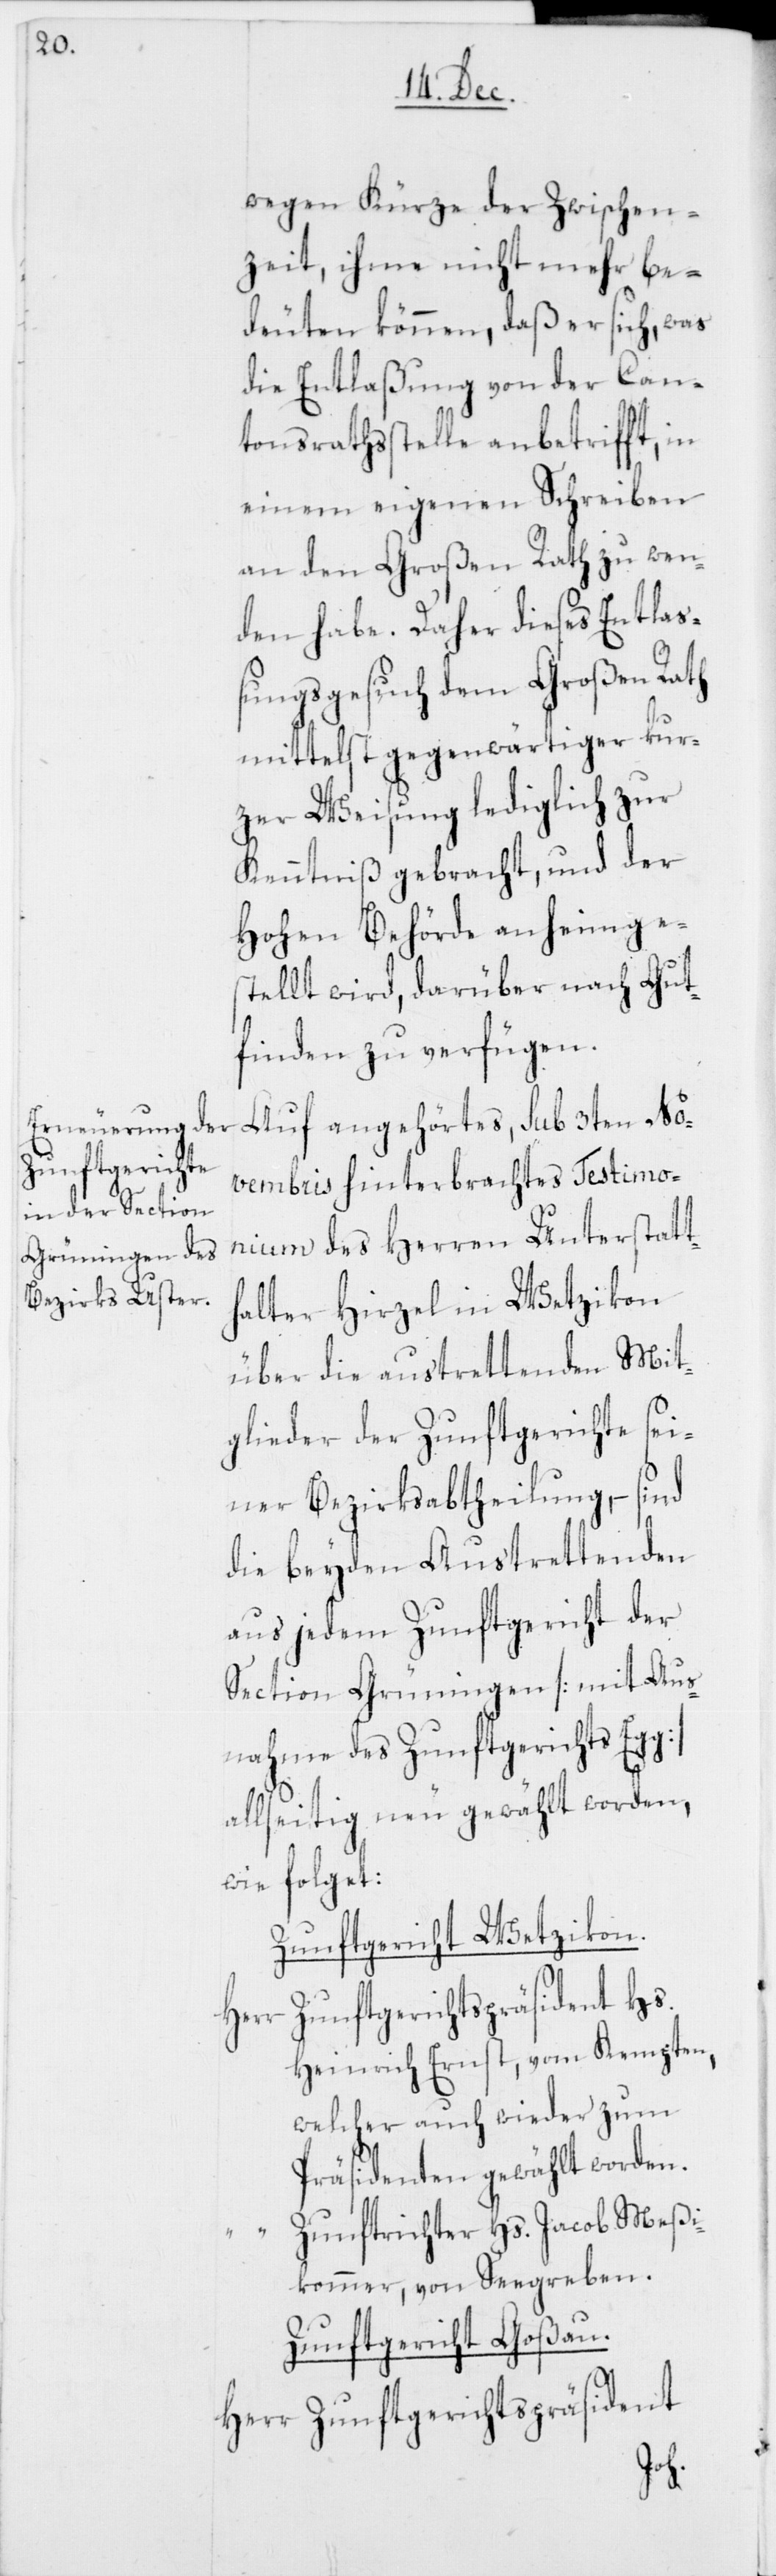
wegen Kürze der Zwischen¬
zeit, ihme nicht mehr be¬
deuten können, daß er sich, was
die Entlaßung von der Can¬
tonsrathsstelle anbetrifft, in
einem eigenen Schreiben
an den Großen Rath zu wen¬
den habe. Daher dieses Entla¬
ßungsgesuch dem Großen Rath
mittelst gegenwärtiger kur¬
zer Weisung lediglich zur
Kenntniß gebracht, und der
Hohen Behörde anheim ge¬
stellt wird, darüber nach Gut¬
finden zu verfügen.
Auf angehörtes, sub 3ten No¬
vembris hinterbrachtes Testimo¬
nium des Herren Unterstatth¬
alter Hirzel in Wetzikon
über die austrettenden Mit¬
glieder der Zunftgerichte sei¬
ner Bezirksabtheilung, – sind
die beyden Austrettenden
aus jedem Zunftgericht der
Section Grüningen [mit Aus¬
nahme des Zunftgerichts Egg]
allseitig neu gewählt worden,
wie folget:
Zunftgericht Wetzikon.
Zunftgerichtspräsident Hs.
Herr
Heinrich Ernst, von Kempten,
welcher auch wieder zum
Präsidenten gewählt worden.
unftrichter Hs. Jacob Meßi¬
kommer, von Seegreben.
Zunftgericht Goßau.
Herr Zunftgerichtspräsident
“	Z¬